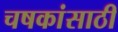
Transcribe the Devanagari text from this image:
चषकांसाठी